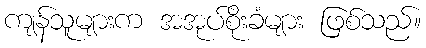
ကျန်သူများက အအုပ်စိုးခံများ ဖြစ်သည်။